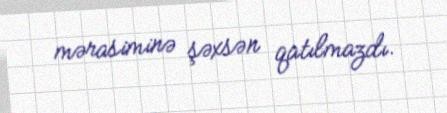
mərasiminə şəxsən qatılmazdı.